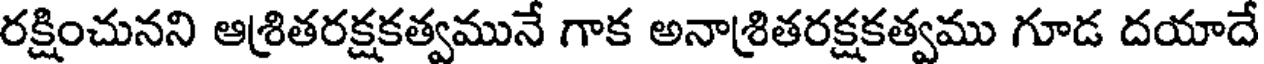
రక్షించునని ఆశ్రితరక్షకత్వమునే గాక అనాశ్రితరక్షకత్వము గూడ దయాదే